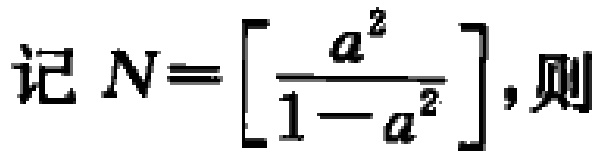
记 \(N = \left[\frac{a^{2}}{1 - a^{2}}\right]\)，则